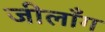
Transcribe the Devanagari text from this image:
जीलाँग